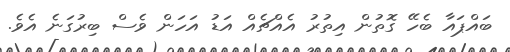
ބައްޕައާ ބެހޭ ގޮތުން އިތުރު އެއްޗެއް އަޑު އަހަން ވެސް ބިރުގަނެ އެވެ.